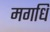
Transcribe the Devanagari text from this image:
मगधि